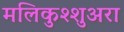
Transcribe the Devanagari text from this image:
मलिकुश्शुअरा